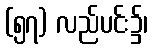
(၅၇) လည်ပင်း၌၊